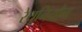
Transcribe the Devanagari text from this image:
रेयूनियोन